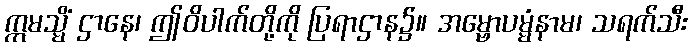
ဣမသ္မိံ ဌာနေ၊ ဤဝိပါက်တို့ကို ပြရာဌာန၌။ အမ္ဗောပမ္မံနာမ၊ သရက်သီး